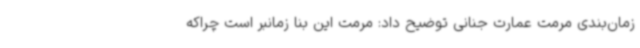
زمان‌بندی مرمت عمارت جنانی توضیح داد: مرمت این بنا زمانبر است چراکه